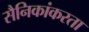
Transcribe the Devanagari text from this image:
सैनिकांकरता